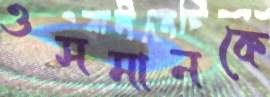
ওসমানকে